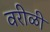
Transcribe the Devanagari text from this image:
वरीळी